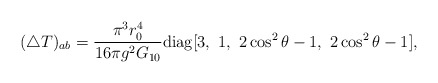
\begin{align*}(\triangle T)_{ab} = \frac{\pi^3 r_0^4}{16\pi g^2 G_{10}} {\rm diag}[3,\ 1,\ 2\cos^2\theta - 1,\ 2\cos^2\theta - 1],\end{align*}